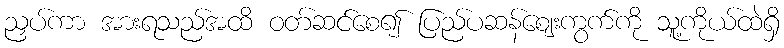
ညှပ်ကာ အားရသည်အထိ ဝတ်ဆင်စေ၍ ပြည်ပဆန်ဈေးကွက်ကို သူ့ကိုယ်ထဲရှိ